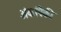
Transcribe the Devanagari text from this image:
अंकांपैकी